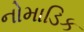
નોમાડિક